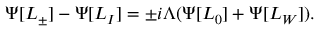
\Psi [ L _ { \pm } ] - \Psi [ L _ { I } ] = \pm i \Lambda ( \Psi [ L _ { 0 } ] + \Psi [ L _ { W } ] ) .